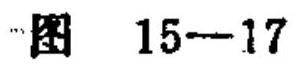
图 15—17